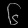
Digit: ၆